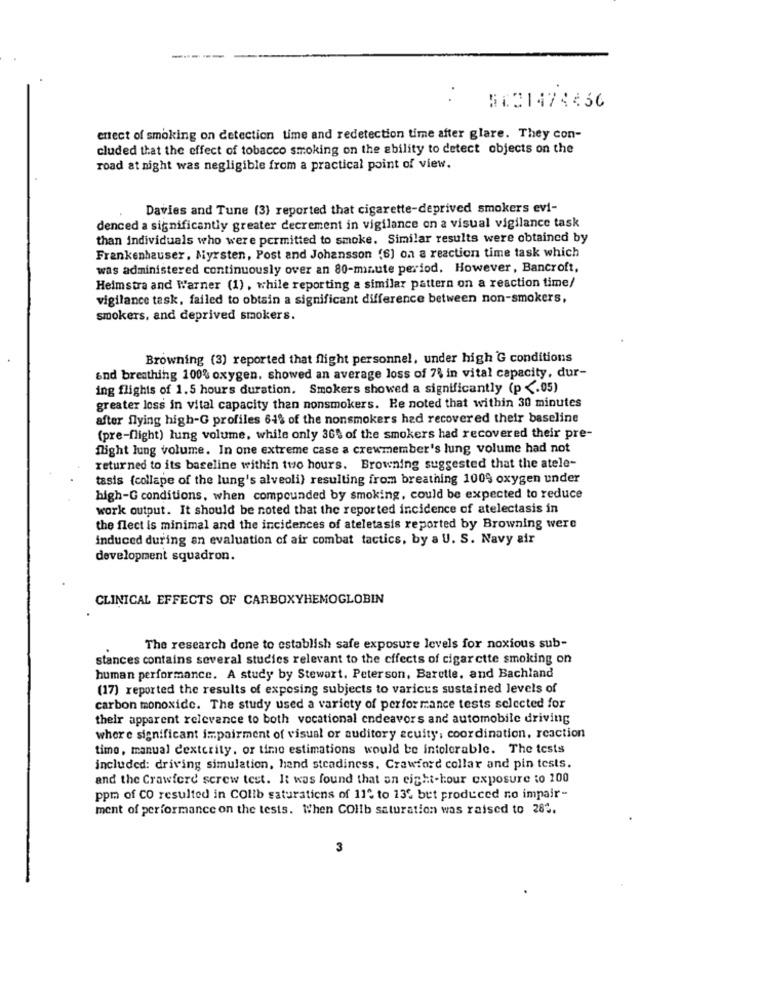
-----
:
5131474436
erect of smoking on detection time and redetection time after glare. They con-
cluded that the effect of tobacco smoking on the ability to detect objects on the
road at night was negligible from a practical point of view.
Davies and Tune (3) reported that cigarette-deprived smokers evi-
denced a significantly greater decrement in vigilance on a visual vigilance task
than individuals who were permitted to smoke. Similar results were obtained by
Frankenhauser. Myrsten, Post and Johansson (6) on a reaction time task which
was administered continuously over an 80-minute period. However, Bancroft,
Heimstra and Warner (1) , while reporting a similar pattern on a reaction time/
vigilance task, failed to obtain a significant difference between non-smokers,
smokers, and deprived smokers.
Browning (3) reported that flight personnel, under high G conditions
and breathing 100% oxygen, showed an average loss of 7% in vital capacity, dur-
ing flights of 1.5 hours duration. Smokers showed a significantly (p <. 05)
greater loss in vital capacity than nonsmokers. He noted that within 30 minutes
after flying high-G profiles 61% of the nonsmokers had recovered their baseline
(pre-flight) lung volume, while only 36% of the smokers had recovered their pre-
flight lung volume. In one extreme case a crewmember's lung volume had not
returned to its baseline within two hours. Browning suggested that the atele-
tasis (collape of the lung's alveoli) resulting from breathing 1009 oxygen under
high-G conditions, when compounded by smoking, could be expected to reduce
work output. It should be noted that the reported incidence of atelectasis in
the flect is minimal and the incidences of ateletasis reported by Browning were
induced during an evaluation of air combat tactics, by a U. S. Navy air
development squadron.
CLINICAL EFFECTS OF CARBOXYHEMOGLOBIN
The research done to establish safe exposure levels for noxious sub-
stances contains several studies relevant to the effects of cigarette smoking on
human performance. A study by Stewart, Peterson, Barette, and Bachland
(17) reported the results of exposing subjects to varicus sustained levels of
carbon monoxide. The study used a variety of performance tests selected for
their apparent relevance to both vocational endeavors and automobile driving
where significant impairment of visual or auditory acuity, coordination, reaction
timo, manual dexterity, or time estimations would be intolerable. The tests
included: driving simulation, hand steadiness, Crawford collar and pin tests.
and the Crawford screw test. It was found that an eight-hour exposure to 200
ppm of CO resulted in COlib saturatiens of 11℃ to 13% bet produced no impair-
ment of performance on the tests. When COlib saturation was raised to 282.
3